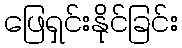
ဖြေရှင်းနိုင်ခြင်း